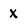
Character: X